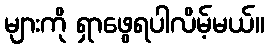
များကို ရှာဖွေရပါလိမ့်မယ်။